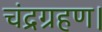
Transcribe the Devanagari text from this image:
चंद्रग्रहण।